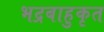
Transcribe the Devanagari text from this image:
भद्रबाहुकृत